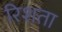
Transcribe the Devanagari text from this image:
रिशता